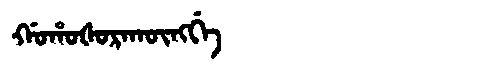
Manchu: ᡤᠣᡥᠣᡧᠣᡵᠠᡴᡡᠩᡤᡝ
Romanization: GOHOŠORAKŪNGGE